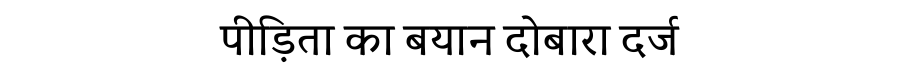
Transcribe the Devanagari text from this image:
पीड़िता का बयान दोबारा दर्ज